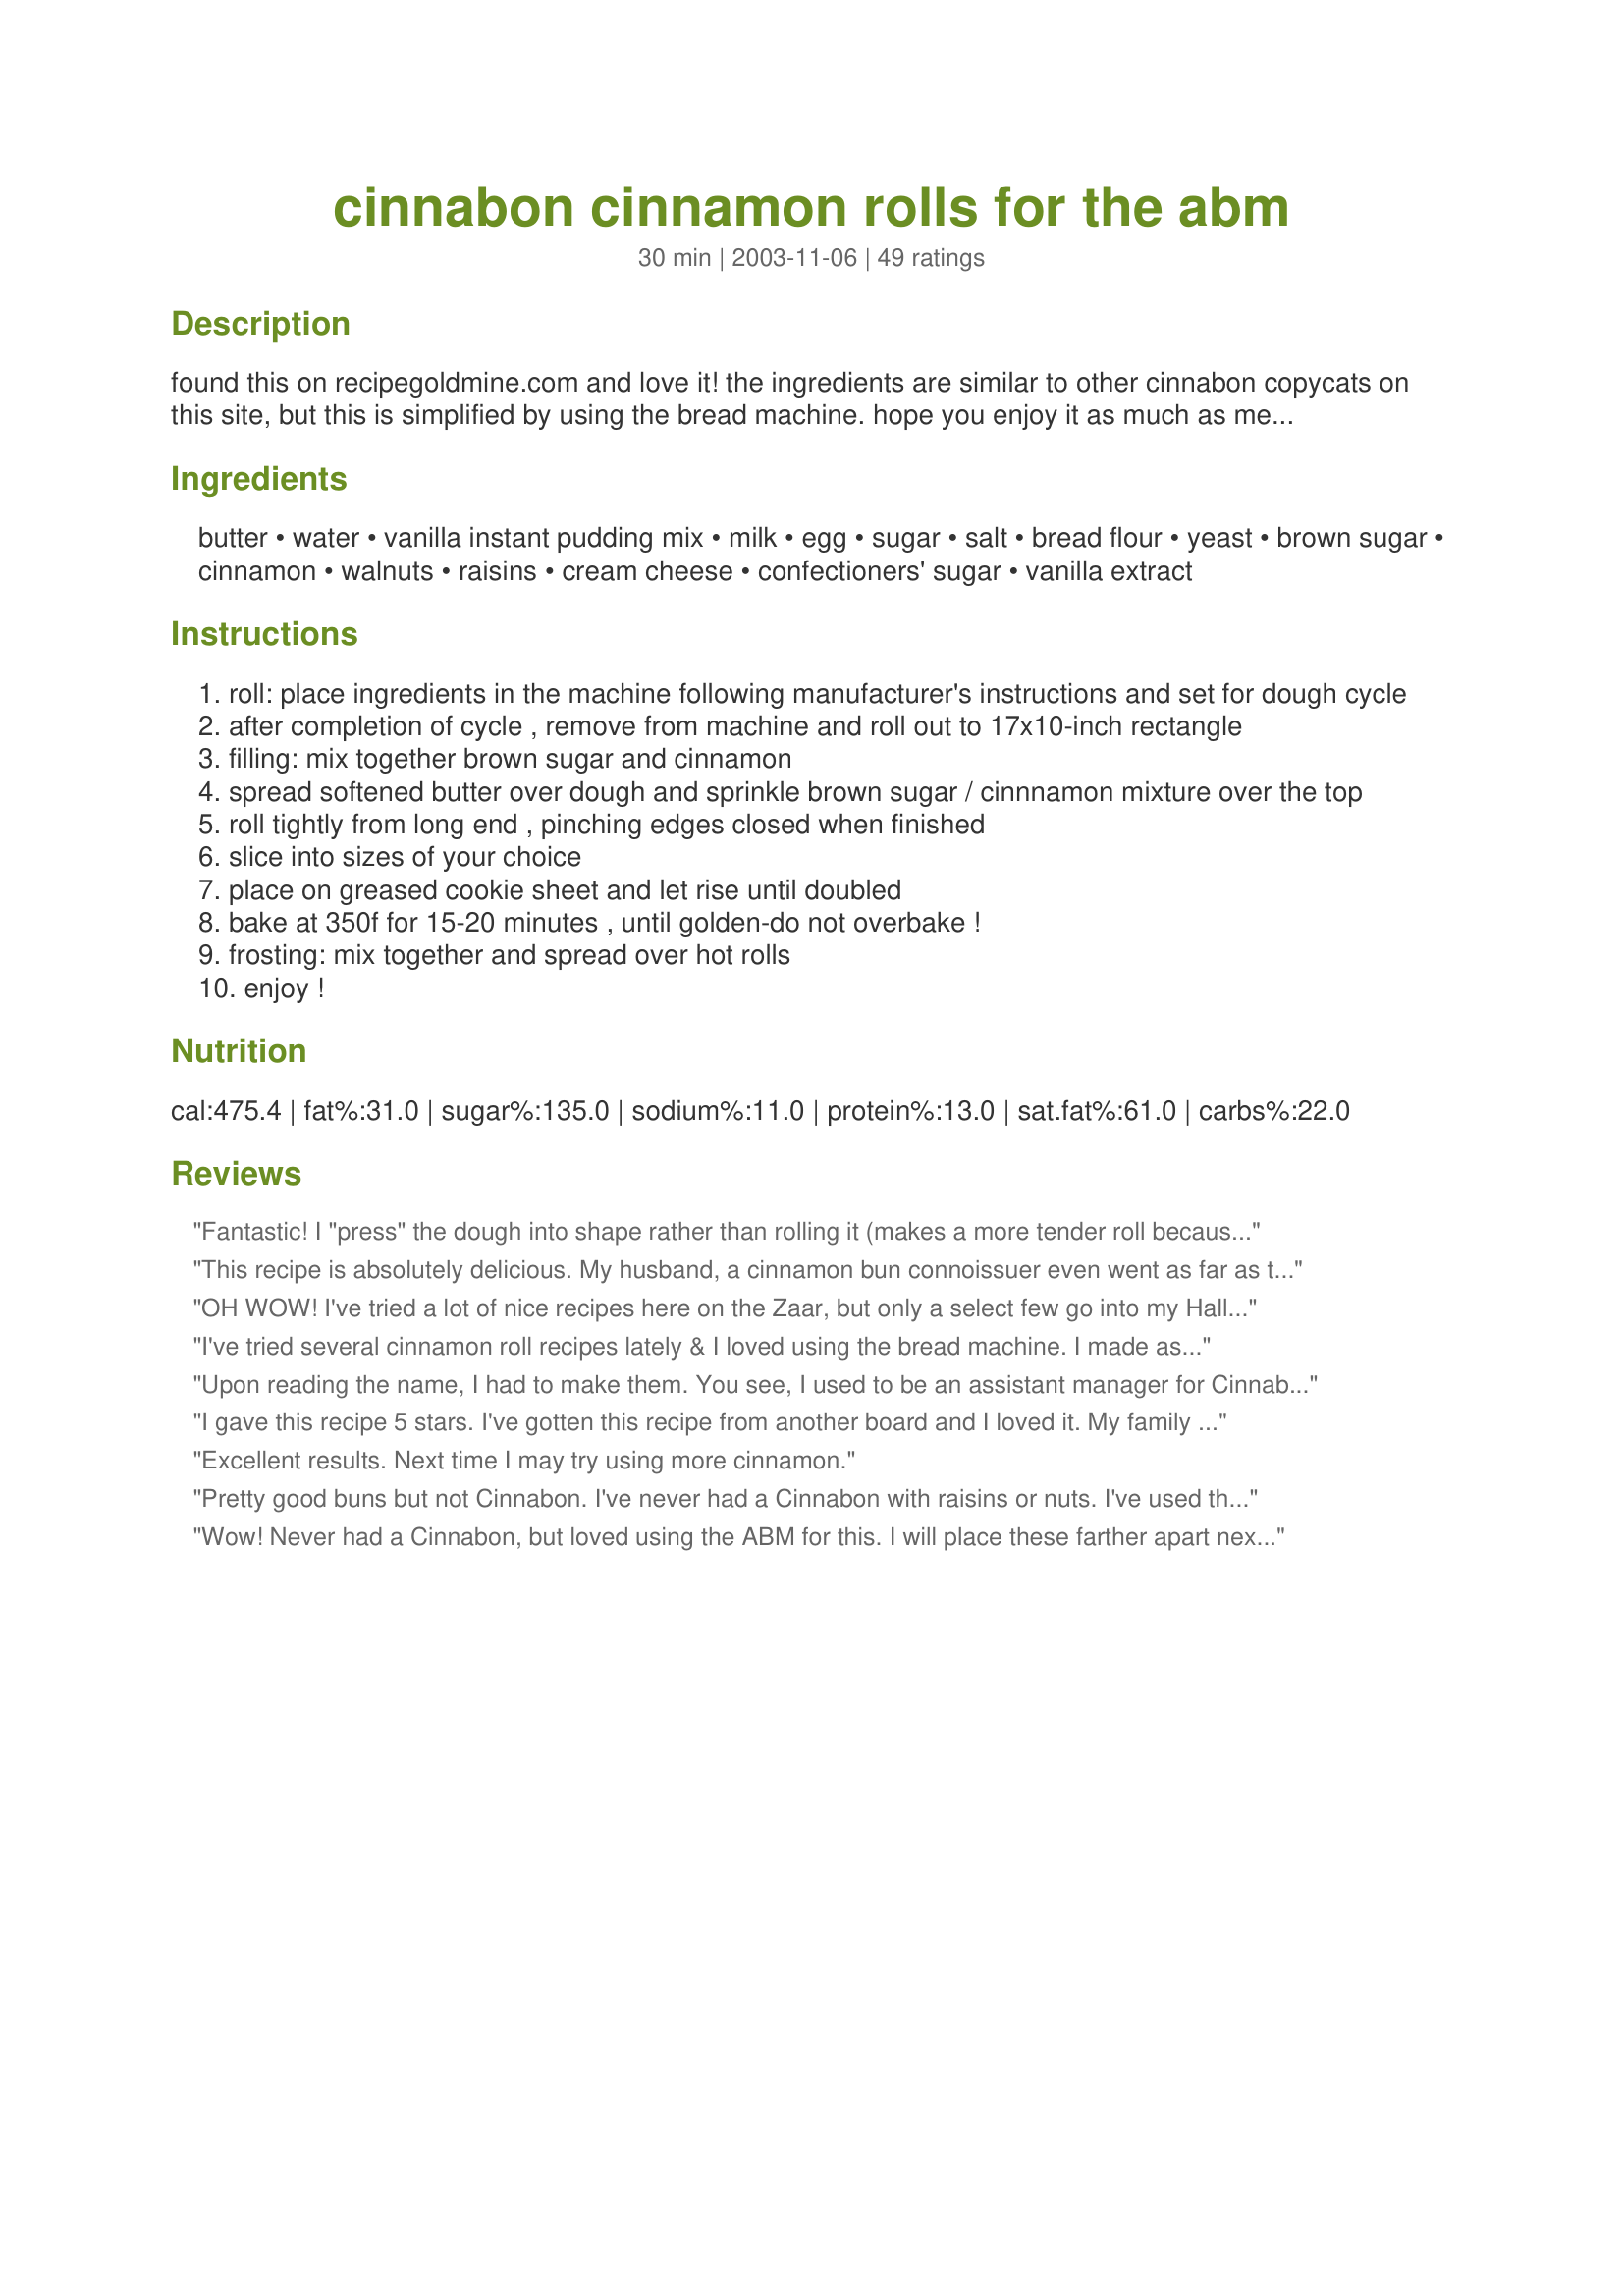
cinnabon cinnamon rolls for the abm
Preparation time: 30 minutes

found this on recipegoldmine.com and love it! the ingredients are similar to other cinnabon copycats on this site, but this is simplified by using the bread machine. hope you enjoy it as much as me and my family!(=

Ingredients:
butter, water, vanilla instant pudding mix, milk, egg, sugar, salt, bread flour, yeast, brown sugar, cinnamon, walnuts, raisins, cream cheese, confectioners' sugar, vanilla extract

Steps:
roll: place ingredients in the machine following manufacturer's instructions and set for dough cycle
after completion of cycle , remove from machine and roll out to 17x10-inch rectangle
filling: mix together brown sugar and cinnamon
spread softened butter over dough and sprinkle brown sugar / cinnnamon mixture over the top
roll tightly from long end , pinching edges closed when finished
slice into sizes of your choice
place on greased cookie sheet and let rise until doubled
bake at 350f for 15-20 minutes , until golden-do not overbake !
frosting: mix together and spread over hot rolls
enjoy !

Reviews:
Fantastic! I "press" the dough into shape rather than rolling it (makes a more tender roll because the gluten is less developed). I blend the sugar, cinnamon and butter together for the filling, and spread it on the dough with a 1" margin on one long side. I find it easier then to make a tight seam. To brighten the cinnamon flavor, add 1 Tablespoon of natural cinnamon extract to the filling (cinnamon extract used to make homemade candies). I also add about 1-2 tsp lemon juice to the frosting to accent the tang of the cream cheese (frosting should not taste overtly lemon-y). My family loves these cinnamon rolls!
This recipe is absolutely delicious. My husband, a cinnamon bun connoissuer even went as far as to say they were the best he'd ever yasted! I sprinkled some toasted coconut in the middle and on top for a yummy nutty flavor. I'll be making these again and again, and am thinking an apple caramel filling might be next! So easy to make too.
OH WOW! I've tried a lot of nice recipes here on the Zaar, but only a select few go into my Hall of Fame. This will be one of them! These rolls are delicious and easy to make! I've actually never tried Cinnabon's rolls (crazy, I know), but I suspect these are at least as good!
I've tried several cinnamon roll recipes lately & I loved using the bread machine. I made as stated except left out the raisins & the entire family inhaled them! I did whip the topping for a min. of 12 minutes as sexymommalucas suggested, it was so light and creamy and well worth a little extra time.
Upon reading the name, I had to make them. You see, I used to be an assistant manager for Cinnabon. I found these to be good; however, I'm not posting a rating because there are many ingredients listed that Cinnabon doesn't use which makes them taste different than the real thing. Sorry!
I gave this recipe 5 stars. I've gotten this recipe from another board and I loved it. My family loved the cinnamon rolls also. I had never had a Cinnabon before and I wanted some cinnamon rolls like we bought at a store no longer at the mall (not cinnabon). This was easy and so good. I found the filling made a bit much more then I needed and gushed out after cooking and did brown more on the bottom of the buns. But they were still very good. This recipe is a keeper very yummy. Thanks for posting christine (internetnut)
Excellent results. Next time I may try using more cinnamon.
Pretty good buns but not Cinnabon. I've never had a Cinnabon with raisins or nuts. I've used this recipe several time as I like the vanilla taste given by the pudding mix.

On another web site I found a very similar recipe for the icing which has the addition of 1/8 tsp. lemon extract. The lemon just provides a nice bit of additional tartness, bringing the icing much closer to the taste of a real Cinnabon.
Wow! Never had a Cinnabon, but loved using the ABM for this. I will place these farther apart next time and use less frosting, maybe 1/2 the amount. Hint about rolling tightly: Paula Deen's show says to pull and roll a bit, pull and roll some more, to make the rolls very tight. I baked my rolls about 20 min. Thank you for dessert!


These are fantastic! I followed the directions exactly except I used chopped pecans instead of walnuts and no raisins. Yummy! A real keeper!
I made this recipe today and it was wonderful. I am not a great cook and am always excited when something turns out. My family LOVED them. 

Thanks!!!
This is the best thing I bake I believe. I make a different icing that is not cream cheese, but this dough/filling recipe is to die for. I use the butter, brown sugar and cinnamon only for the filling. Microwave it for 10 seconds to make your life easier for mixing it. Then spread all of it together...it's easier! I also make it in a 9x13 pan rather than a cookie sheet...easier to manage too.

Definitely make this - it is actually easier than you think! You will be a star with all your friends and family....best served warm out of the oven.
Overall the rolls tasted very good. My problem was with the filling. I think it was too much butter because the filling basically ran out of the dough and into the bottom of the pan. Also, the frosting was too much for my taste. I prefer a simpler glaze. If I use this recipe again, I will do just a glaze.
Thank you! These were great!! Making cinnamon rolls isn't quite as time consuming as I thought.
I bought a bread machine with my Christmas money but so far only my husband has used it. These rolls are absolutely fabulous and very easy. My husband's brother called from out of town inviting my husband to make these rolls again and bring them to him again! This is a first. You must try these. A kid at work says they're better than his grandmother's. I'd rate them a 10 if your scale went that high.
THE BEST cinnamon buns I have ever made, and maybe the best homemade ones, I have ever tasted!!! Seriously. I tweaked a few things since I don't have a bread maker like the yeast activating in 110 F temp milk/water/melted butter n sugar, and let it rise in a warm place for 45 min till it more than doubled. Then did the filling and let it rise again for 30 minutes, but WOW!! Oh, and I doubled the icing recipe, the buns came out big. They came out fluffy, so buttery and tasy, flavorful - they were a HUGE hit for my teenage son's birthday gaming sleepover. The boys said it was the best they ever had. SCRUMPTIOUS! Thank you for posting this recipe. &lt;3
These were fantastic and very easy. It took one half of a 4 serving box of pudding and I just made a butter cream frosting for the top. We loved them. Thank you so much.
These cinnamon rolls were sensational! Wow!!! Not quite as ooeey gooey as Cinnabon, but still just as tasty! This was the first time I have ever had cinnamon rolls turn out. The recipe was extremely easy to follow and the rolls turned out to be fantastic. I also used the full box of pudding. The dough was soft and easy to work with, and the finished product was soft, sugary and delicious! Thanks for sharing this recipe which got me rave reviews at our Christmas Eve breakfast :)
these are PERFECT! I couldn't find my cookie sheet, so I made them in a 13x9 pan. Don't do that! (lol) the middle buns didnt get as cooked as the outer ones, dut the amount of butter in the brown sugar mix. (my fault, not yours) GOOD STUFF will make over and over and over...well, you get the idea!
I have never had Cinnabons, but these were very easy to make and very good. Everyone here loved them. I wrapped them and put them in the freezer. We nuke them in the a.m. for a nice warm breakfast. Thank you.
Delicious! I made these the other day (minus the frosting), and wow!! Definately a keeper.
i had high hopes for this recipe, but was dissapointed :( i followed the recipe exactly(i made no frosting). i baked for 14 minutes. they came out lightly browned, but the filling ran a little and the sugar burned on the bottom of the rolls.
I admit I made these twice now and I thought I had posted a review. These rolls are so big and delicious! I make these now for special occassions and out of all the recipes I have tried this one is the most requested in my house. Thanks for the recipe!
Yummy! I made these last night in my new bread machine, they turned out perfect. I used the 2 lb loaf setting and only used 1/4 c butter in the filling, it still had great flavor and made it so the filling didn't seep out. The nuts and raisens were great, I just sprinkled a good amount on. Next time I will not half the frosting recipe, I still had two rolls left after using it all so I just made a quick maple glaze to top the others. Remember to let the melted butter cool down to at least 115 degrees before adding it to the bread machine or you will kill the yeast. Thanks for the simple and delicious recipe!
These rolls are wonderful, the vanilla pudding give them the perfect flavor, and the dough is the perfect consistency. I use cinnamon honey right in the dough instead of sugar and will often use fresh crushed raspberries as the filling instead of cinnamon. Either way these rolls have cooked and tasted wonderful every time we make them. For cutting ease so it does not crush or unroll the dough use plain dental floss!
Finally, a bread machine recipe for these lovely nibbles. My husband's co workers are mad about them. We have tried butterscotch and chocolate, along with the french vanilla for the pudding. The guys LOVED the butterscotch hands down! We added a caramel-butterscotch frosting/icing. The only problem was determining when to take the dough out of the maker, as it doesn't have a "dough" setting. After several tests, we decided that after the first resting just after the second kneeding cycle starts, take out the dough. I let rise the uncooked buns in the oven (turning it on to 200 degrees, then off after 10 minutes then putting in the rolls to rise. We live at 6700ft and are always trying to figure out how to get great results when there are no high altitude footnotes. Thankfully, this recipe worked the same everytime, perfect dough.
I, too, used the whole box of pudding. I think these rolls are very close to Cinnabon. I am really amazed every time I make them how good they are. I do use extra butter, cinnamon and brown sugar in the filling. 

Mel
VERY good and VERY easy. The frosting recipe makes a lot, we will probably cut it almost in half from now on. Otherwise this is a perfect recipe, awesome flavor, golden on the outside a soft on the inside.
This is the recipe that I have been making for years and we just love it! I sometimes add a little pure maple syrup to my glaze which gives it a great flavor. I think this recipe is easy to make ~ I often make them at night, put in the refrigerator overnight and bake in the morning for fresh rolls!! Thanks for posting!
Absolutely excellent. Everyone loved them. They couldn't have been easier or more delicious. i will be making these AGAIN, and my husband is allready asking me when I'm making them again, and they're not gone yet. They'd be amazing to take or serve for a brunch or breakfast for company. Thanks for posting.
The rolls were enjoyed by all. Both the kids and the husband all agreed that while they were very good they did not taste anything like Cinnabon's. (45)
We like these thanks
These were extremely good, not as good as cinnabons but very good just the same. They were huge and I had two cookie sheets of 6 each. Next time I think I will put them close together so that they will be slightly doughyer like the actual cinnabons. More like a pan type roll that can be cut individually not individual rolls is what I am looking for. Thanxs for a great recipe.
A tip for the problem of the filling running out the bottom of the rolls--flip the pan over after removing it from the oven onto a lined cookie sheet. Whatever ran out should run back over the rolls. I think I saw this tip given for another cinnamon rolls recipe here on the site. I think its how they prepare them at the Cinnabon chain as well. I like mine with pecans.
One of my top 5 all time favorites on the Zaar. I've made these several times now, experimenting along the way. These work GREAT with lf butter/margarine, Splenda mixed with sugar and half whole wheat. I used them for a healthy breakfast! Even the frosting can be done by omitting the mild and using low far cream cheese. I'm in heaven!!!!!
These are heavenly! I loved the taste, the texture and the recipe. I literally ate the leftover frosting out of the bowl it was so good. The only diffence I made was I used a whole box of butterscotch pudding ( I thought it was vanilla) so the dough was a caramel color) and it was fantastic! Thanks :)
This recipe is nearly identical to one I have been using for 15+ years. Minus the nuts/raisins, which is the ONLY difference! This is the absolute best recipe for cinnamon rolls.
awesome recipe!!! I made these this morning and they came so wonderful and my kids kept going back for more and more. Thanks for a great recipe!!!
I made these by hand since my ABM is packed in the garage, but they turned out delicious! I too used a whole pkg. of vanill pudding. Very good!
The dough was very soft and easy to work with. :) Thanks for sharing.
I used Chocolate instant pudding mix and 1/3 cup powdered milk to the 1 1/4 cup of water.
I also used basic chocolate sauce on the top instead of the frosting.
I kept the filling the same but you could change it to match the chocolate by adding some finely crumbled candy bars with the butter instead of the cinnamon. Yum!
These did not turn out at all like I expected them to. My original review has been edited. I can't believe I made it sound so rude! I truly apologize. I will make this again sometime in the future. Maybe I did not do something correctly.
These are absolutely delicious! I make the cinnamon rolls using the exact ingredients described. The prep variations are: After I cut the rolls, I put onto a greased 9 x 13 Casserole dish. I allow to rise for thirty minutes on the counter and then put in the fridge overnight so they're ready for breakfast. In the morning, I take out and set on the counter for 30-45 minutes for them to come to room temp and rise a little more. I baked for 17 minutes. As soon as they come out, (as other reviewers suggested) I flip the dish over onto a cookie sheet that I have covered with parchment paper (the cinnamon stuff is a ooey gooey mess!!). Let sit for 5 minutes, then flip back over and ice. Oh, and as another reviewer suggested, I beat the cream cheese, butter, and conf. sugar for 12 minutes while the rolls are baking. These are absolutely gorgeous, delicious, and makes you look like a super star in the kitchen! Well worth the time!!
I became so enamored with this recipe that I made it again and again. Mostly, I don't make the icing, though.<br/><br/> I guess I bragged about the results exuberantly -- today one of our local librarians asked me for the recipe! <br/><br/>I have made up extras of this, frozen the rolls in their baking pan, let the pan thaw overnight, then baked the rolls for breakfast. I think I'll do that for Christmas this year.<br/><br/>Yes, definitely 5 stars.
I am sorry to give this recipe such a low rating, but it took a while to put it together- and when finished, dh said he would have rather had the ones from the can. I followed the directions to the t... We really wanted to like these.
Amazing cinnamon rolls! Perfect combination of sugar/cinnamon and frosting that's to die for! I've made three batches in the last two weeks, everyone that's tried them has loved every bite!
My husband and I both thought it was good, but not great. I tend to like a more yeast flavor and I think the pudding mix drowned that out. The dough looked beautiful coming out of the machine, and I had high hopes. I didn't have the problem with the filling running out because I used 1/4 cup butter and spread it very thin. Also, I baked mine in a stoneware bar pan and that may have helped it stay together. Thanks for submitting the recipe. I love to try new things I think many people will enjoy it. It's just not my personal preference.
Yummy recipe! We loved the taste of the rolls. Definately a keeper!
I made these a few times and found that the key to these are as soon as you take them out of the oven you need to flip the pan over which allows all of the filling drippings to recoat the rolls. This prevents the filling from running out of the rolls. Also, the key to the frosting is whipping the butter, cream cheese and powder suger for at least 12 minutes, then at the end add the extracts. It sounds like a lot but it is well worth it!
Very tastee, everyone loves them! 
The first time I made these I "accidently" put the whole box of pudding in. They still came out fine, with a more pronounced vanilla flavor. This dough is nice and soft without being too stickey, nice to work with. Will be trying many variations in fillings and puddings. Thanks a bunch!
